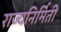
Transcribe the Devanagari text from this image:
राज्यनिर्मिती